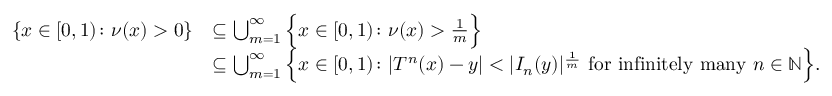
\begin{array} { r l } { \{ x \in [ 0 , 1 ) \colon \nu ( x ) > 0 \} } & { \subseteq \bigcup _ { m = 1 } ^ { \infty } \Big \{ x \in [ 0 , 1 ) \colon \nu ( x ) > \frac { 1 } { m } \Big \} } \\ & { \subseteq \bigcup _ { m = 1 } ^ { \infty } \Big \{ x \in [ 0 , 1 ) \colon | T ^ { n } ( x ) - y | < | I _ { n } ( y ) | ^ { \frac { 1 } { m } } \mathrm { ~ f o r ~ i n f i n i t e l y ~ m a n y ~ } n \in \mathbb { N } \Big \} . } \end{array}